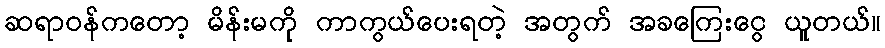
ဆရာဝန်ကတော့ မိန်းမကို ကာကွယ်ပေးရတဲ့ အတွက် အခကြေးငွေ ယူတယ်။